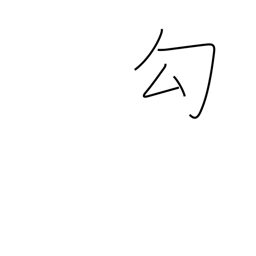
Meaning: capture